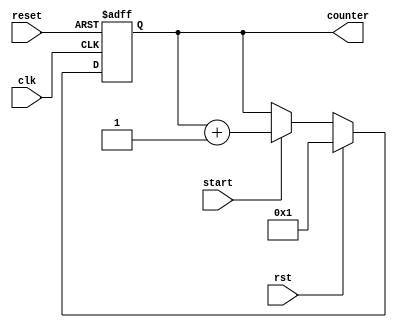


module Counter
#(
	parameter NBITS = 5,
	parameter INIT_VALUE = 5'b00001
)

(
	input clk,
	input reset,
	input rst,
	input start,

	output[NBITS - 1:0] counter
);

reg MaxValue_Bit;

reg [NBITS-1 : 0] counter_reg;

/*********************************************************************************************/

always@(posedge clk or negedge reset) begin
	if (reset == 1'b0)
		counter_reg <= INIT_VALUE;
	else begin
		if (rst == 1'b0)begin
			if(start == 1'b1) 
					counter_reg <= counter_reg + 1'b1;	
		end
		else begin
			counter_reg <= INIT_VALUE;
		end
	end
end	


assign counter = counter_reg;
   
 /*Log Function*/
     function integer CeilLog2;
       input integer data;
       integer i,result;
       begin
          for(i=0; 2**i < data; i=i+1)
             result = i + 1;
          CeilLog2 = result;
       end
    endfunction

/*********************************************************************************************/
endmodule